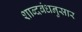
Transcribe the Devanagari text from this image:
शाब्दबंधनुसार